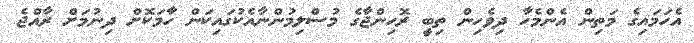
އެހަމައިގެ މަތިން އެންމެހާ ދިވެހިން ތިބީ ރޮހިންޖާގެ މުސްލިމުންނާއެކުގައިކަން ހާމަކޮށް ދިނުމަށް ރާއްޖެ